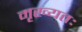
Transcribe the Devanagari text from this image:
मृख्यतः